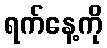
ရက်နေ့ကို